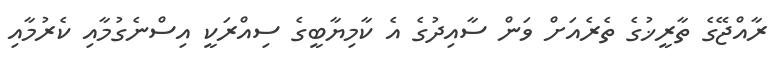
ރާއްޖޭގެ ތާރީޚުގެ ތެރެއަށް ވަން ސާއިދުގެ އެ ކާމިޔާބީގެ ސިއްރަކީ އިސްނެގުމާއި ކެރުމާއި